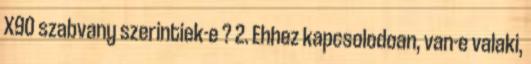
X90 szabvany szerintiek-e ? 2. Ehhez kapcsolodoan, van-e valaki,